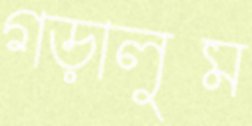
গড়ালুম